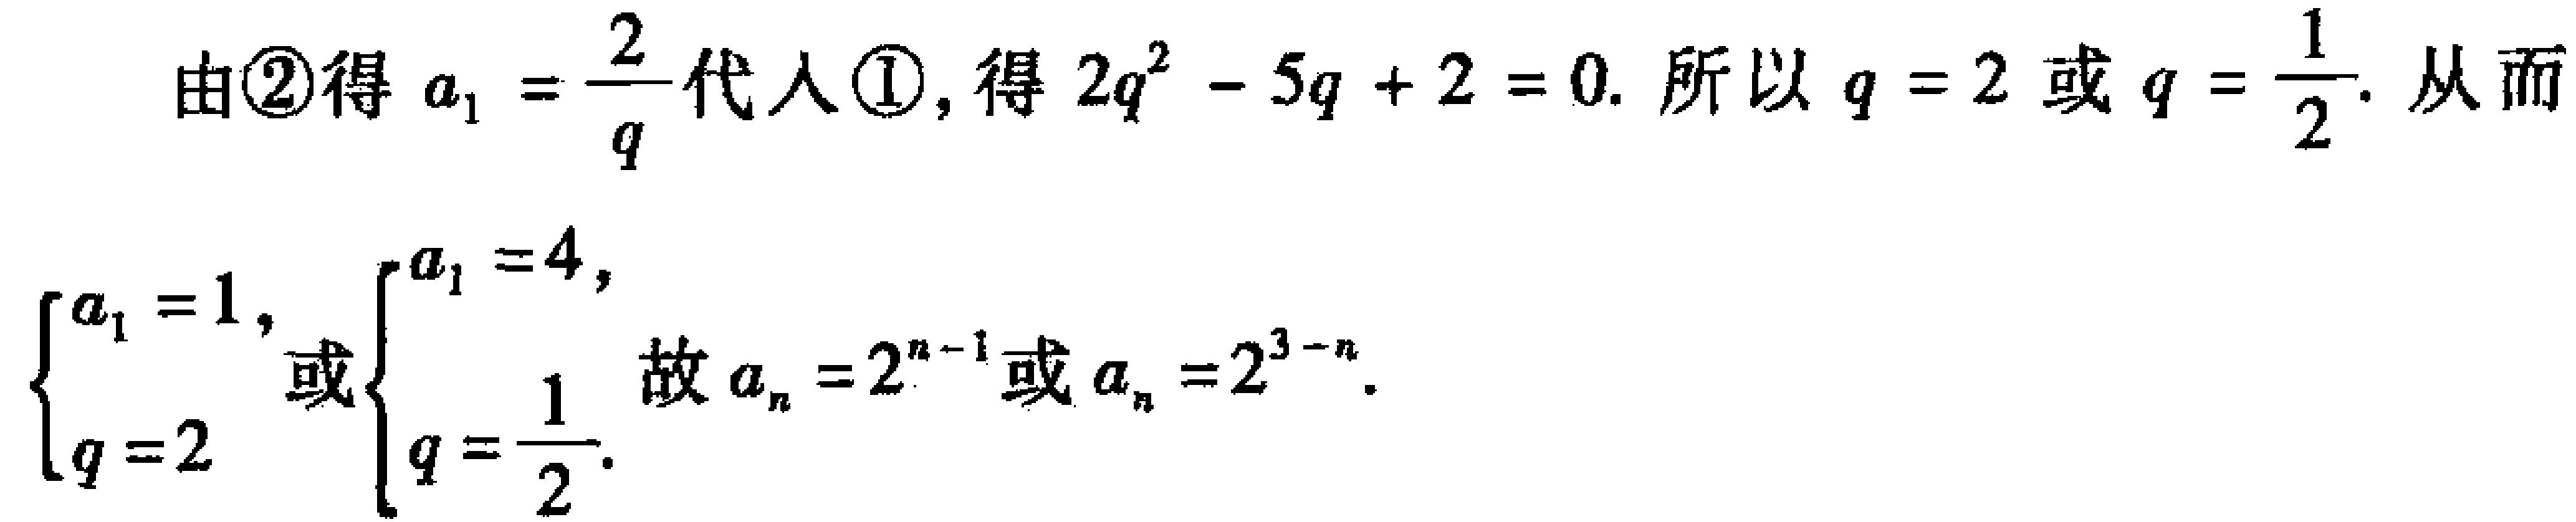
由\textcircled{2}得 \(a_{1}=\frac{2}{q}\) 代入\textcircled{1}, 得 \(2q^{2}-5q + 2 = 0\). 所以 \(q = 2\) 或 \(q=\frac{1}{2}\). 从而
\(\begin{cases}a_{1}=1,\\q = 2\end{cases}\) 或 \(\begin{cases}a_{1}=4,\\q=\frac{1}{2}\end{cases}\). 故 \(a_{n}=2^{n - 1}\) 或 \(a_{n}=2^{3 - n}\).